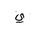
Letter: _ya